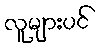
လူများပင်